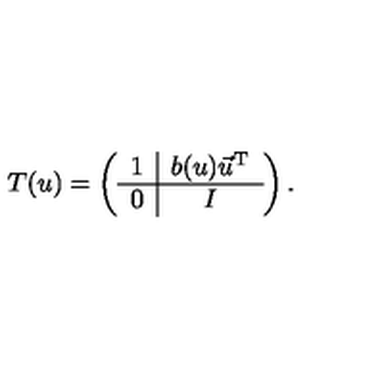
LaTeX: T ( u ) = \left( \begin{array} { c | c } { 1 } & { b ( u ) \vec { u } ^ { \mathrm { T } } } \\ \hline { 0 } & { I } \\ \end{array} \right) .